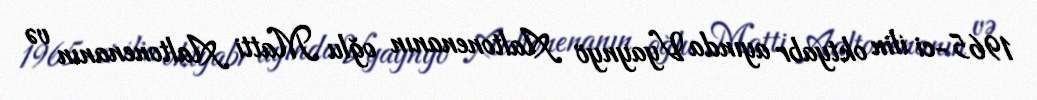
1965-ci ilin oktyabr ayında Vyaynyö Aaltonenanın oğlu Matti Aaltonenanın və